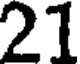
21